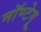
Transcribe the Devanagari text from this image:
मॉण्टेगू